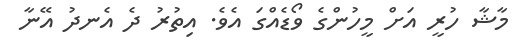
މާޝާ ހުރީ އަށް މީހުންގެ ވޯޑެއްގަ އެވެ. އިތުރު ދެ އެނދު އޭނާ